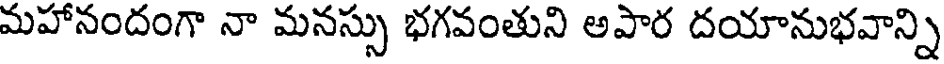
మహానందంగా నా మనస్సు భగవంతుని అపార దయానుభవాన్ని